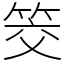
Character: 筊